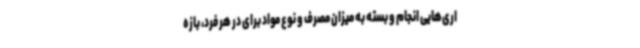
اری‌هایی انجام و بسته به میزان مصرف و نوع مواد برای در هر فرد، بازه‌